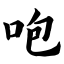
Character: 咆